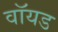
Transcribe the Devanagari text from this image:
वॉयड